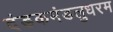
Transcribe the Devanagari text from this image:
दंडकमंडलुधरम